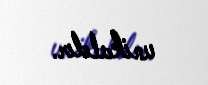
unikaldır.